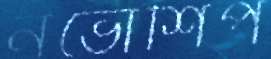
নভোশিপ